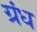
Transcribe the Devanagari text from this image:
ग्रंध